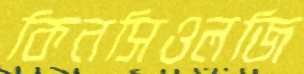
কিনসিওলজি